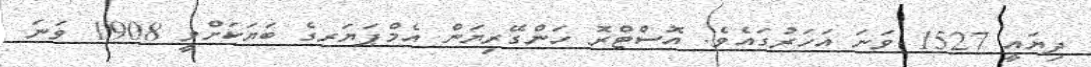
ދިޔައީ 1527 ވަނަ އަހަރުގައެވެ. އޮސްޓްރޮ ހަންގޭރިޔަން އެމްޕަޔަރގެ ބަޔަކަށްވީ 1908 ވަނަ